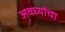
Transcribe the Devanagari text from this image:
अवघ्यांचा